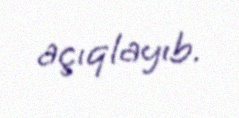
açıqlayıb.